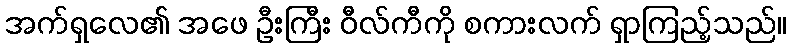
အက်ရှလေ၏ အဖေ ဦးကြီး ဝီလ်ကီကို စကားလက် ရှာကြည့်သည်။